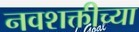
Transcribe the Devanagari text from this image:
नवशक्तीच्या